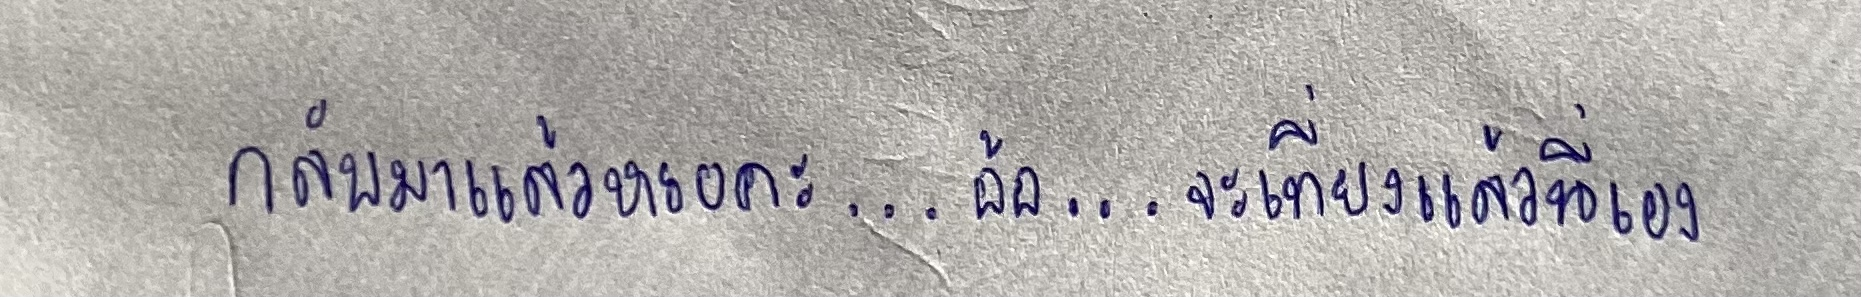
"กลับมาแล้วเหรอคะ...อ้อ...จะเที่ยงแล้วนี่เอง"